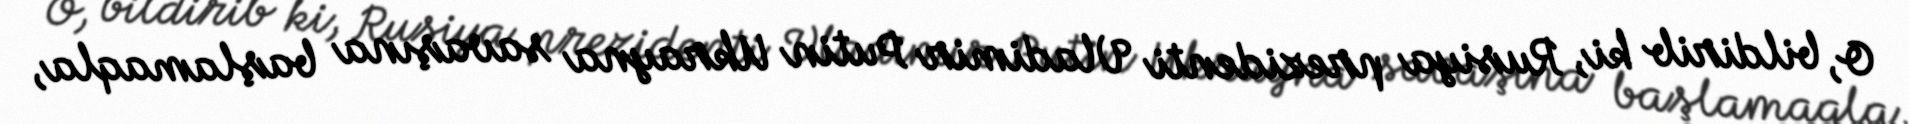
O, bildirib ki, Rusiya prezidenti Vladimir Putin Ukrayna savaşına başlamaqla,